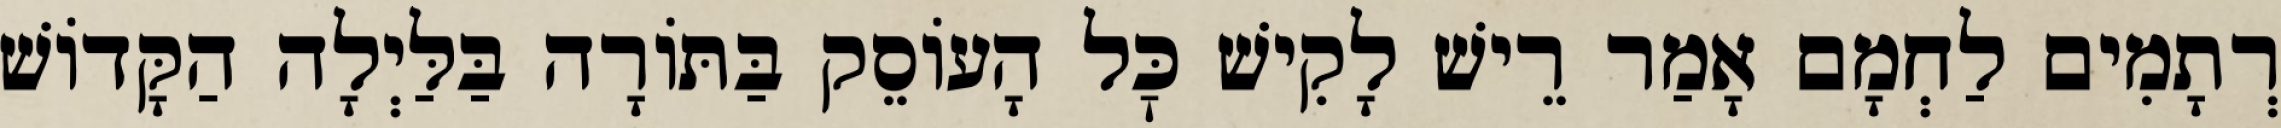
רְתָמִים לַחְמָם אָמַר רֵישׁ לָקִישׁ כׇּל הָעוֹסֵק בַּתּוֹרָה בַּלַּיְלָה הַקָּדוֹשׁ